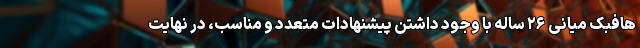
هافبک میانی ۲۶ ساله با وجود داشتن پیشنهادات متعدد و مناسب، در نهایت